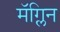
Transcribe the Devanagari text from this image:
मॅग्लिन